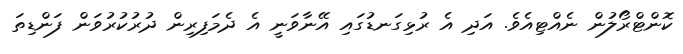
ކޮންޓްރޯލުން ނެއްޓިއެވެ. އަދި އެ ރުޅިގަނޑުގައި އޭނާވަނީ އެ ދެމަފިރިން ދުރުކުރުވަން ފަންޑިތަ